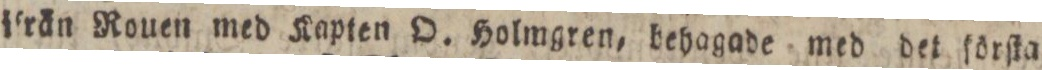
iſrän Rouen med Kapten O. Holmgren, behagade med det förſta